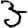
Digit: 3